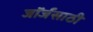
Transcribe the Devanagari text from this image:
जॉर्जसाठी